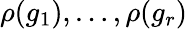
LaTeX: \rho(g_{1}),\ldots,\rho(g_{r})